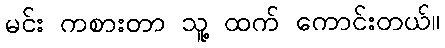
မင်း ကစားတာ သူ့ ထက် ကောင်းတယ်။